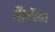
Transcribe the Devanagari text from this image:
डिस्टेंसन